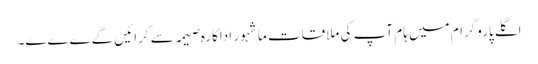
اگلے پاروگرام میں ہام آپ کی ملاقات ماشہور اداکارہ صیمہ سے کرائیں گےےےے۔